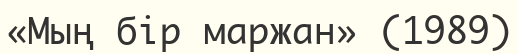
«Мың бір маржан» (1989)